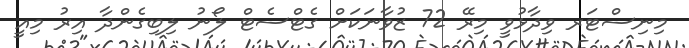
މިނިސްޓަރ ވިދާޅުވީ މިރޭ 72 ޒުވާނަކަށް ގެޓްސެޓް ލޯނު ލިބިގެންދާ އިރު މިއީ